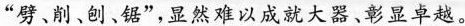
“劈、制、创、话”，星然难以成就大器、彰显卓越。